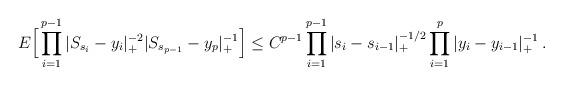
LaTeX: \begin{align*}E\Big[\prod_{i=1}^{p-1} |S_{s_i} -y_i |_+^{-2} | S_{s_{p-1}}-y_p |_+^{-1} \Big] \le C^{p-1} \prod_{i=1}^{p-1} |s_i-s_{i-1} |_+^{-1/2} \prod_{i=1}^p |y_i-y_{i-1}|_+^{-1} \,.\end{align*}